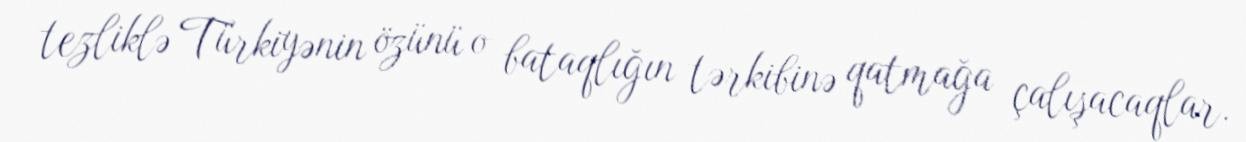
tezliklə Türkiyənin özünü o bataqlığın tərkibinə qatmağa çalışacaqlar.